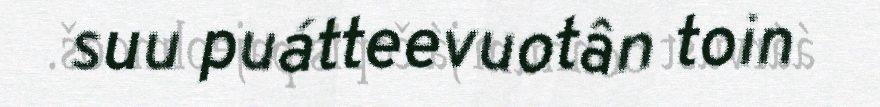
suu puátteevuotân toin